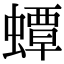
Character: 蟫